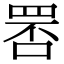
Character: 𦊾